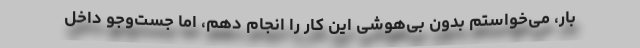
بار، می‌خواستم بدون بی‌هوشی این کار را انجام دهم، اما جست‌وجو داخل